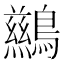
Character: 𲍧